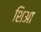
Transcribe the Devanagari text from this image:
शिआ